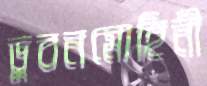
ভুবনমোহিনী